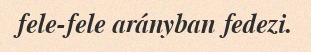
fele-fele arányban fedezi.